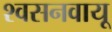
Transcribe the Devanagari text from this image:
श्वसनवायू